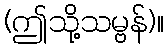
(ဤသို့သမ္ဗန်)။